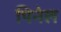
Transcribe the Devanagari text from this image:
पिनेल